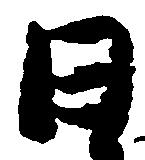
日